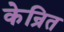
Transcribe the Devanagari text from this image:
केन्रित